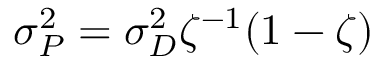
\sigma _ { P } ^ { 2 } = \sigma _ { D } ^ { 2 } \zeta ^ { - 1 } ( 1 - \zeta )